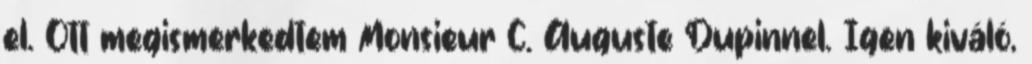
el. Ott megismerkedtem Monsieur C. Auguste Dupinnel. Igen kiváló,